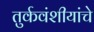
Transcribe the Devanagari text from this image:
तुर्कवंशीयांचे